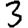
Digit: 3